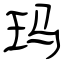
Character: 玛